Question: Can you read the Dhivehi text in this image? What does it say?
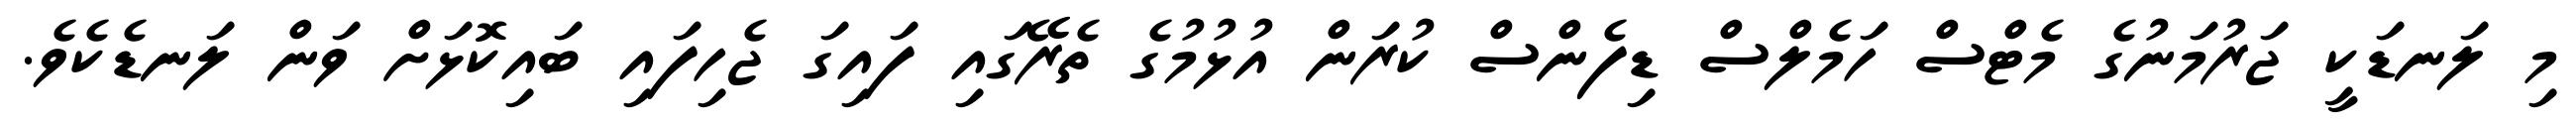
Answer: މި ލަނޑަކީ ޖަރުމަނުގެ މެޓްސް ހަމެލްސް ޑިފެންސް ކުރަން އުޅުމުގެ ތެރޭގައި ފައިގަ ޖެހިފައި ބައިކޮޅަށް ވަން ލަނޑެކެވެ.